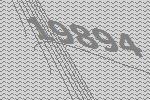
19894